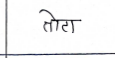
मजकूर: तोटा